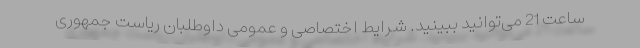
ساعت 21 می‌توانید ببینید. شرایط اختصاصی و عمومی داوطلبان ریاست جمهوری